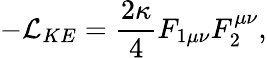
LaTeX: -{\cal L}_{KE}={\frac{2\kappa}{4}}F_{1\mu\nu}F_{2}^{\mu\nu},